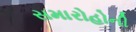
સમારોહોની